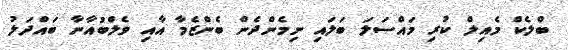
ބްލެކް މެއިލް ކުރި މައްސަލަ ބަލައި ނިމެންދެން ބެންޒެމާ އާއި ވެލްބުއާނާ ބައްދަލު